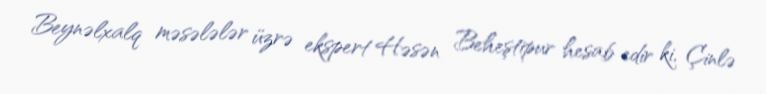
Beynəlxalq məsələlər üzrə ekspert Həsən Beheştipur hesab edir ki, Çinlə